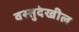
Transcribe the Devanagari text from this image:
वस्तुदेखील